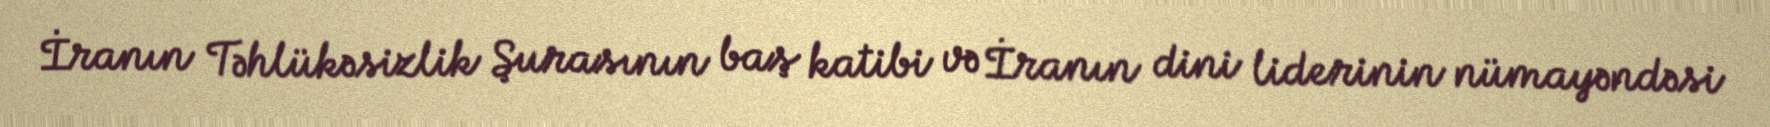
İranın Təhlükəsizlik Şurasının baş katibi və İranın dini liderinin nümayəndəsi